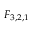
F _ { 3 , 2 , 1 }